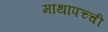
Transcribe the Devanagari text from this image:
माथापच्‍ची